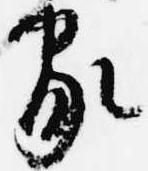
家